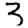
Digit: 3